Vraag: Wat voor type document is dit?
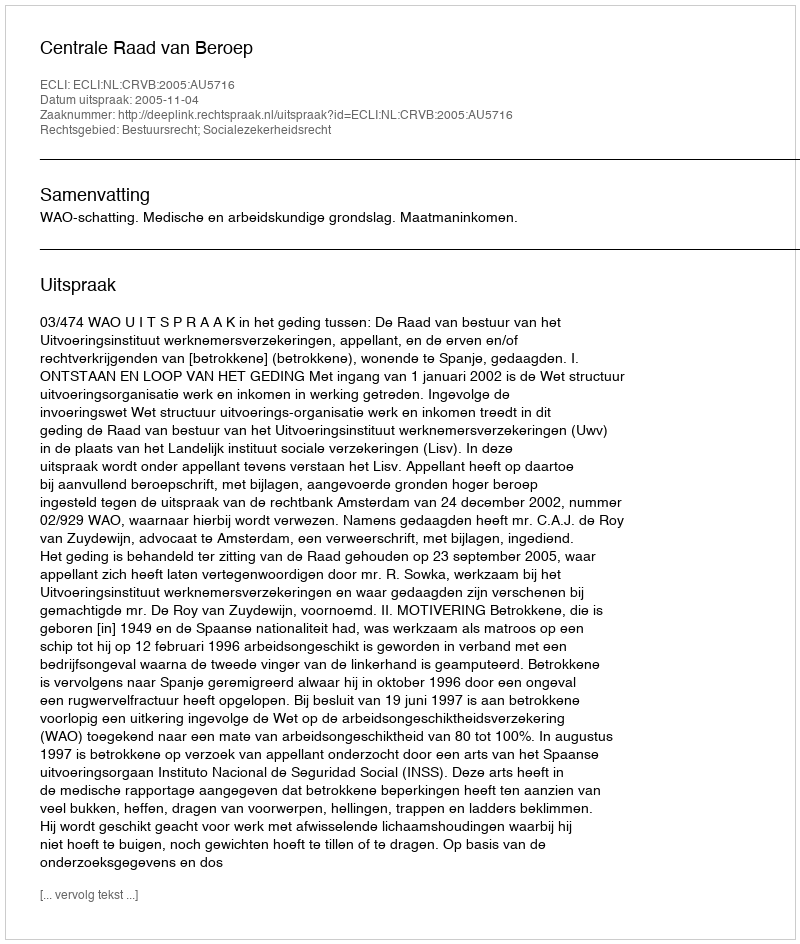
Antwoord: Uitspraak